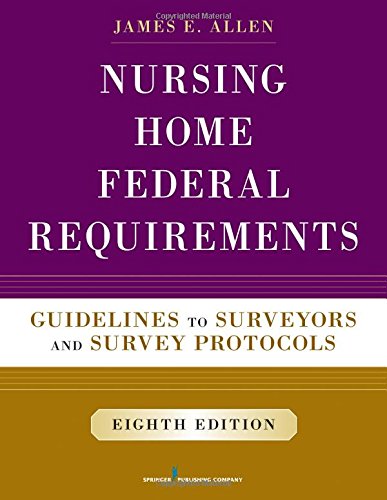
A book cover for Nursing Home Federal Requirements, 8th Edition: Guidelines to Surveyors and Survey Protocols; James E. Allen PhD  MSPH  NHA  IP; Medical Books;